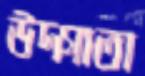
উদ্‌গাতা